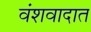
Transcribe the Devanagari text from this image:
वंशवादात